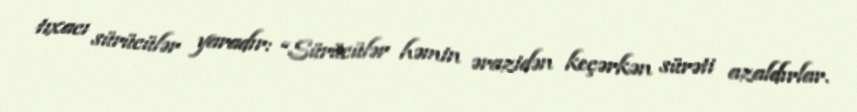
tıxacı sürücülər yaradır: “Sürücülər həmin ərazidən keçərkən sürəti azaldırlar.